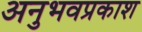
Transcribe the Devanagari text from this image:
अनुभवप्रकाश